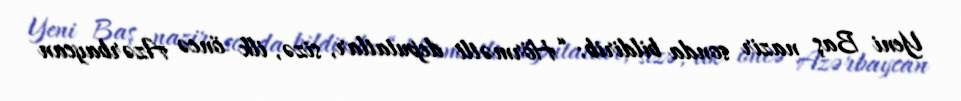
Yeni Baş nazir sonda bildirib: “Hörmətli deputatlar, sizə, ilk öncə Azərbaycan